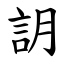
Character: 䚴